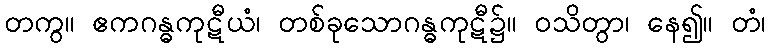
တကွ။ ဧကဂန္ဓကုဋီယံ၊ တစ်ခုသောဂန္ဓကုဋီ၌။ ဝသိတွာ၊ နေ၍။ တံ၊